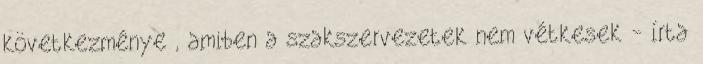
következménye , amiben a szakszervezetek nem vétkesek - írta